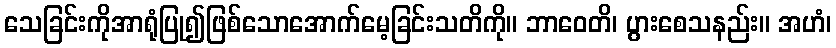
သေခြင်းကိုအာရုံပြု၍ဖြစ်သောအောက်မေ့ခြင်းသတိကို။ ဘာဝေတိ၊ ပွားစေသနည်း။ အဟံ၊